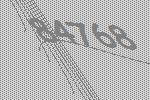
84768